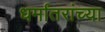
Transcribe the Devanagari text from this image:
धर्मांतरांच्या